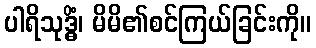
ပါရိသုဒ္ဓိံ၊ မိမိ၏စင်ကြယ်ခြင်းကို။